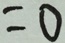
= 0